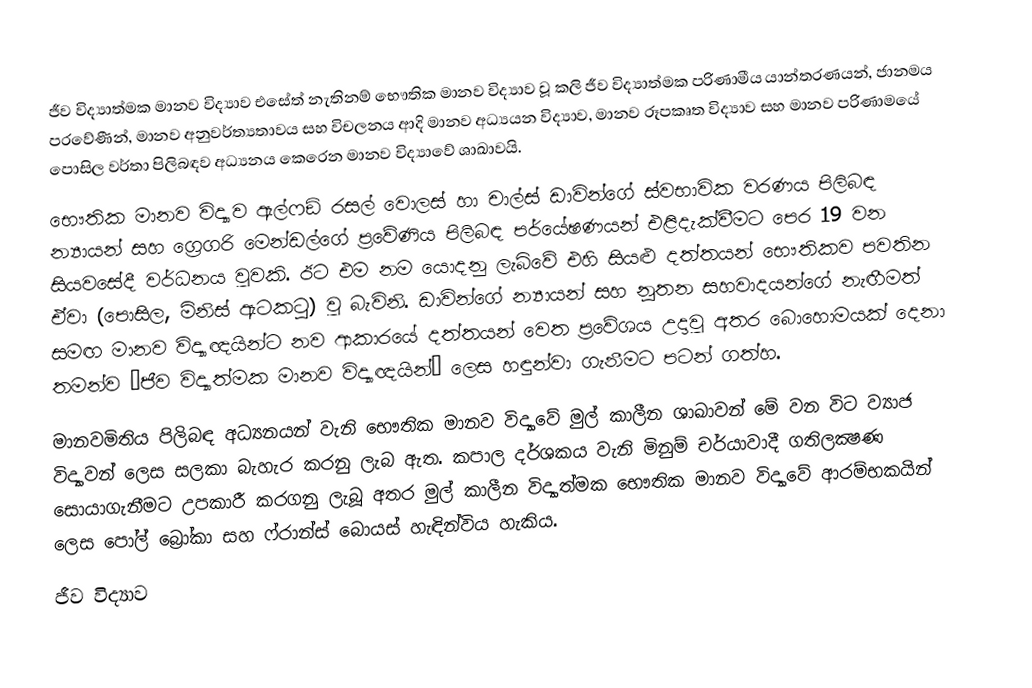
ජීව විද්‍යාත්මක මානව විද්‍යාව එසේත් නැතිනම් භෞතික මානව විද්‍යාව වූ කලි ජීව විද්‍යාත්මක පරිණාමීය යාන්ත‍්‍රණයන්, ජානමය ප‍්‍රවේණීන්, මානව අනුවර්ත්‍යතාවය සහ විචලනය ආදි මානව අධ්‍යයන විද්‍යාව, මානව රූපකෘත විද්‍යාව සහ මානව පරිණාමයේ පොසිල වර්තා පිලිබඳව අධ්‍යනය කෙරෙන මානව විද්‍යාවේ ශාඛාවයි.
භෞතික මානව විද්‍යාව ඇල්ෆඞ් රසල් වොලස් හා චාල්ස් ඩාවින්ගේ ස්වභාවික වරණය පිලිබඳ න්‍යායන් සහ ග්‍රෙගරි මෙන්ඩල්ගේ ප‍්‍රවේණිය පිලිබඳ පර්යේෂණයන් එළිදැක්වීමට පෙර 19 වන සියවසේදී වර්ධනය වූවකි. ඊට එම නම යොදනු ලැබ්වේ එහි සියළු දත්තයන් භෞතිකව පවතින ඒවා (පොසිල, මිනිස් ඇටකටු) වූ බැවිනි. ඩාවින්ගේ න්‍යායන් සහ නූතන සහවාදයන්ගේ නැඟීමත් සමඟ මානව විද්‍යාඥයින්ට නව ආකාරයේ දත්තයන් වෙත ප‍්‍රවේශය උදාවූ අතර බොහොමයක් දෙනා තමන්ව ‘ජීව විද්‍යාත්මක මානව විද්‍යාඥයින්’ ලෙස හඳුන්වා ගැනීමට පටන් ගත්හ.
මානවමිතිය පිලිබඳ අධ්‍යනයන් වැනි භෞතික මානව විද්‍යාවේ මුල් කාලීන ශාඛාවන් මේ වන විට ව්‍යාජ විද්‍යාවන් ලෙස සලකා බැහැර කරනු ලැබ ඇත. කපාල දර්ශකය වැනි මිනුම් චර්යාවාදී ගතිලක්‍ෂණ සොයාගැනීමට උපකාරී කරගනු ලැබූ අතර මුල් කාලීන විද්‍යාත්මක භෞතික මානව විද්‍යාවේ ආරම්භකයින් ලෙස පෝල් බ්‍රෝකා සහ ෆ්රාන්ස් බොයස් හැඳින්විය හැකිය.
ජීව විද්‍යාව